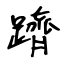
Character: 躋